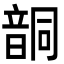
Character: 𩐤